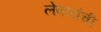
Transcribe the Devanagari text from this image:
लेक्लांची